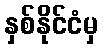
နှစ်နိုင်ငံမှ